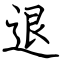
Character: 退